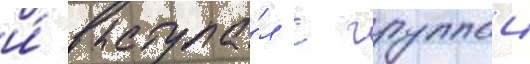
и́ выступа́л с группои